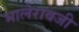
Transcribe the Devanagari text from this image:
भालेरावजी